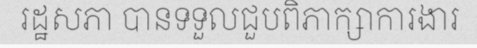
រដ្ឋសភា បានទទួលជួបពិភាក្សាការងារ